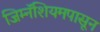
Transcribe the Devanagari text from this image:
जिम्नॅशियमपासून